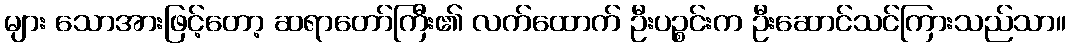
များ သောအားဖြင့်တော့ ဆရာတော်ကြီး၏ လက်ထောက် ဦးပဉ္စင်းက ဦးဆောင်သင်ကြားသည်သာ။